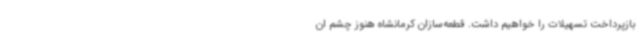
بازپرداخت تسهیلات را خواهیم داشت. قطعه‌سازان کرمانشاه هنوز چشم ان